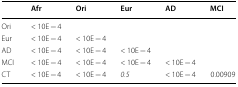
|  | Afr | Ori | Eur | AD | MCI |
 | --- | --- | --- | --- | --- | --- |
 | Ori | < 10E − 4 |  |  |  |  |
 | Eur | < 10E − 4 | < 10E − 4 |  |  |  |
 | AD | < 10E − 4 | < 10E − 4 | < 10E − 4 |  |  |
 | MCI | < 10E − 4 | < 10E − 4 | < 10E − 4 | < 10E − 4 |  |
 | CT | < 10E − 4 | < 10E − 4 | 0.5 | < 10E − 4 | 0.00909 |